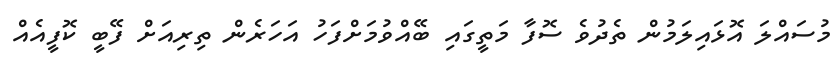
މުސައްލަ އޮޅައިލަމުން ތެދުވެ ސޮފާ މަތީގައި ބޭއްވުމަށްފަހު އަހަރެން ތިރިއަށް ފޭބީ ކޮފީއެއް